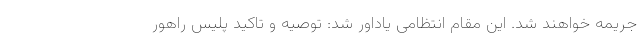
جریمه خواهند شد. این مقام انتظامی یاداور شد: توصیه و تاکید پلیس راهور